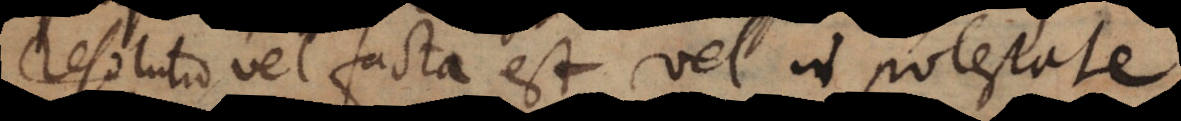
resolutio vel facta est vel in potestate